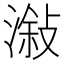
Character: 潊